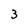
Character: 3